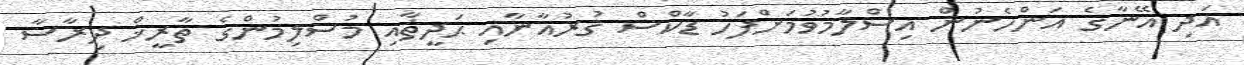
އަދި އޭނާގެ އަންހެނުން އިސްލާމުވުމަށްފަހު ޑާކްސް ޤުރުއާނާއި ޙަދީޘާއި މުސްލިމުންގެ ތާރީޚް ދިރާސާ